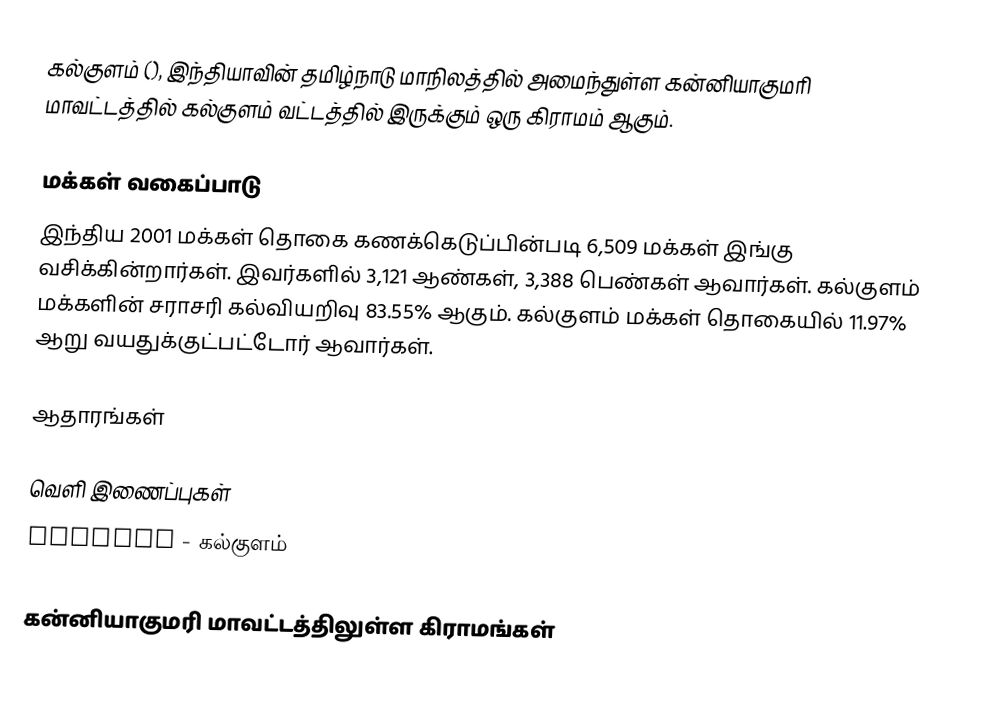
கல்குளம் (), இந்தியாவின் தமிழ்நாடு மாநிலத்தில் அமைந்துள்ள கன்னியாகுமரி மாவட்டத்தில்  கல்குளம் வட்டத்தில் இருக்கும்  ஒரு கிராமம் ஆகும்.

மக்கள் வகைப்பாடு
இந்திய 2001 மக்கள் தொகை கணக்கெடுப்பின்படி 6,509 மக்கள் இங்கு வசிக்கின்றார்கள்.  இவர்களில் 3,121 ஆண்கள், 3,388 பெண்கள் ஆவார்கள். கல்குளம் மக்களின் சராசரி கல்வியறிவு 83.55% ஆகும். கல்குளம் மக்கள் தொகையில் 11.97% ஆறு வயதுக்குட்பட்டோர் ஆவார்கள்.

ஆதாரங்கள்

வெளி இணைப்புகள்
 GeoHack - கல்குளம்

கன்னியாகுமரி மாவட்டத்திலுள்ள கிராமங்கள்